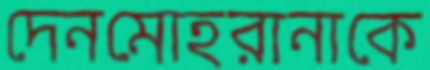
দেনমোহরানাকে